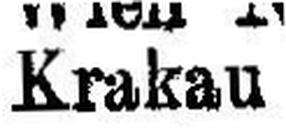
Krakau